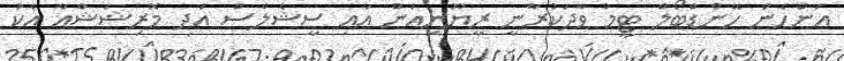
އަންހެން ހޭންޑްބޯލް ޓީމު ވާދަކުރާނީ ރީޔޫނިއަން އާއި ސީޝެލްސް އަދި މޮރިޝަޝްއާ އެކު